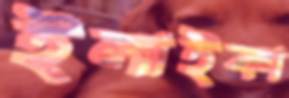
ইলাইকা